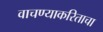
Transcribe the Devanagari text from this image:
वाचण्याकरिताचा